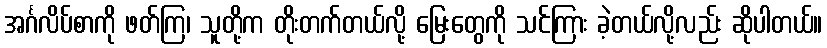
အင်္ဂလိပ်စာကို ဖတ်ကြ၊ သူတို့က တိုးတက်တယ်လို့ မြေးတွေကို သင်ကြား ခဲ့တယ်လို့လည်း ဆိုပါတယ်။